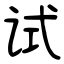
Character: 试